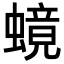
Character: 𬠧